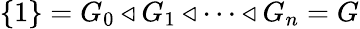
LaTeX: \{ 1\} =G_{0}\triangleleft G_{1}\triangleleft\dots\triangleleft G_{n}=G